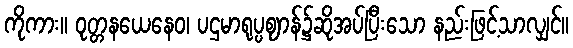
ကိုကား။ ဝုတ္တနယေနေဝ၊ ပဌမာရုပ္ပဈာန်၌ဆိုအပ်ပြီးသော နည်းဖြင့်သာလျှင်။